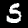
Label: 5